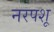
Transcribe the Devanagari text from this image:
नरपशू